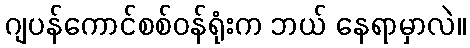
ဂျပန်ကောင်စစ်ဝန်ရုံးက ဘယ် နေရာမှာလဲ။